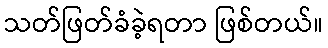
သတ်ဖြတ်ခံခဲ့ရတာ ဖြစ်တယ်။